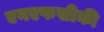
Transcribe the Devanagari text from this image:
एनएफसीकी